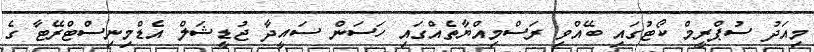
މިއަދު ސުޕްރީމް ކޯޓުގައި ބޭއްވި ރަސްމިއްޔާތެއްގައި ހަސަން ސައީދާ ޖުޑީޝަލް އެޑްމިނިސްޓްރޭޓާ ގެ